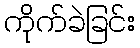
ကိုက်ခဲခြင်း